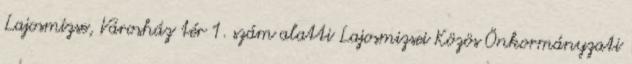
Lajosmizse, Városház tér 1. szám alatti Lajosmizsei Közös Önkormányzati